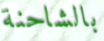
بالشاحنة